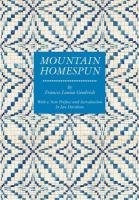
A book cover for Mountain Homespun; Frances Louisa Goodrich; Crafts, Hobbies & Home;